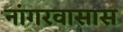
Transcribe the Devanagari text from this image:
नांगरवासास